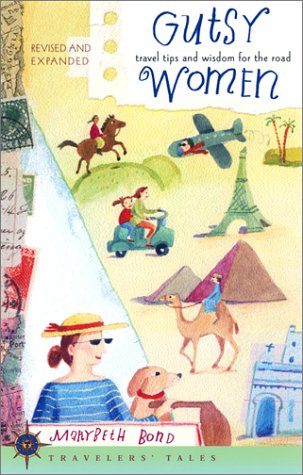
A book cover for Gutsy Women: More Travel Tips and Wisdom for the Road (Travelers' Tales Guides) (No.2); Marybeth Bond; Travel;